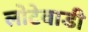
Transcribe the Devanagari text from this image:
लोटेवाडी